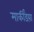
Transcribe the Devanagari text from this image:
मार्कींडय़ा